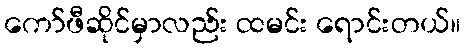
ကော်ဖီဆိုင်မှာလည်း ထမင်း ရောင်းတယ်။